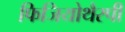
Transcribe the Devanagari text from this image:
फिजियोथैरपी